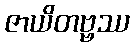
ဇာယိတဗ္ဗဿ